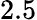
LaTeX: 2.5